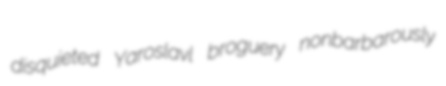
disquieted Yaroslavl broguery nonbarbarously